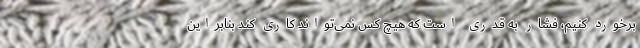
برخورد کنیم، فشار به قدری است که هیچ کس نمی‌تواند کاری کند بنابراین